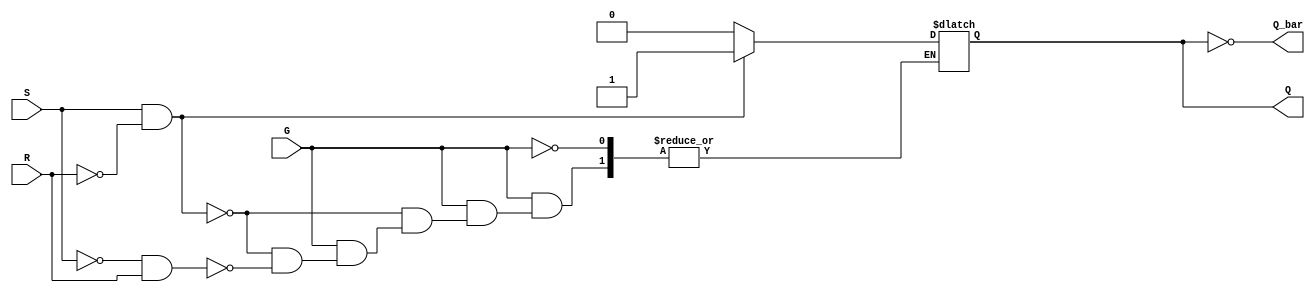
module gated_sr_latch (
    input wire S,        // Set input
    input wire R,        // Reset input
    input wire G,        // Gate input
    output reg Q,        // Latch output
    output wire Q_bar    // Complement of output
);

    assign Q_bar = ~Q; // Q' output

    always @(*) begin
        if (G) begin
            if (S && ~R) begin
                Q = 1'b1; // Set
            end
            else if (~S && R) begin
                Q = 1'b0; // Reset
            end
            // If S and R are both low, retain previous state (handled implicitly)
            // If S and R are both high, this is an invalid condition.
        end
        // If G is low, retain the current state, which is the default behavior of reg
    end

endmodule